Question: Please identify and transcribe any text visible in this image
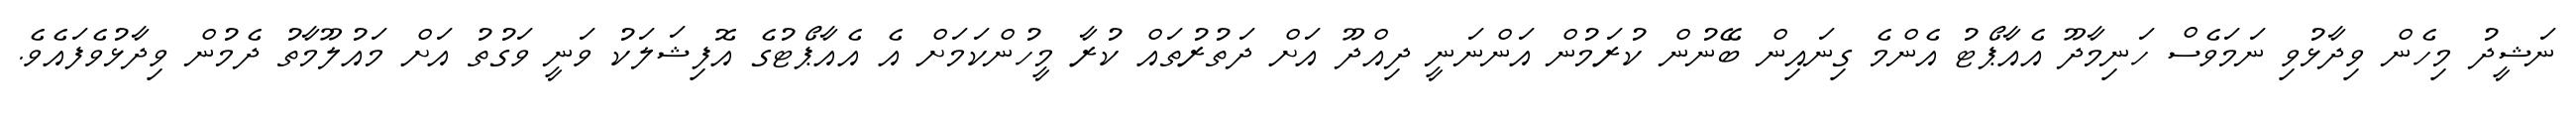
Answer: ނަޝީދު މިހެން ވިދާޅުވި ނަމަވެސް ހަނިމާދޫ އެއާޕޯޓު އެންމެ ގިނައިން ބޭނުން ކުރަމުން އަންނަނީ ދިއްދޫ އަށް ދަތުރުތައް ކުރާ މީހުންކަމަށް އެ އެއާޕޯޓުގެ އޮފިޝަލަކު ވަނީ ވަގުތު އަށް މައުލޫމާތު ދެމުން ވިދާޅުވެފައެވެ.